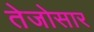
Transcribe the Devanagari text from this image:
तेजोसार